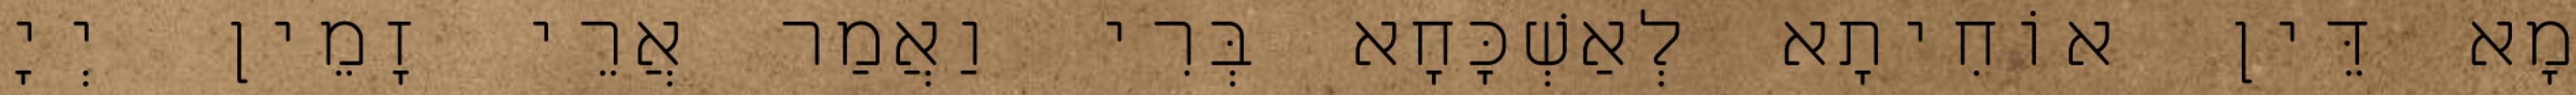
מָא דֵּין אוֹחִיתָא לְאַשְׁכָּחָא בְּרִי וַאֲמַר אֲרֵי זָמֵין יְיָ